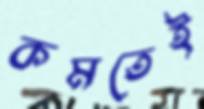
কমতেই